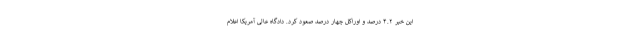
این خبر ۴.۲ درصد و اوراکل چهار درصد صعود کرد. دادگاه عالی آمریکا اعلام